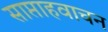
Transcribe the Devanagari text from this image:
साप्ताहवाचन